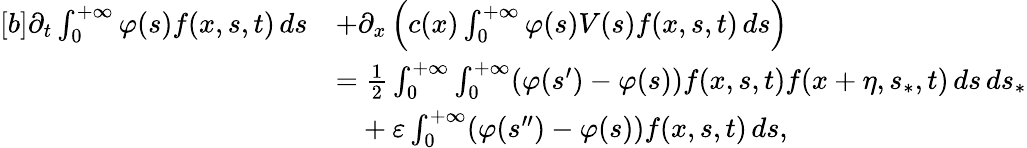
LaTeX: \begin{array}{r}{\begin{array}{rl}{[b]\partial_{t}\int_{0}^{+\infty}\varphi(s)f(x,s,t)\, ds}&{+\partial_{x}\left(c(x)\int_{0}^{+\infty}\varphi(s)V(s)f(x,s,t)\, ds\right)}\\ &{=\frac{1}{2}\int_{0}^{+\infty}\int_{0}^{+\infty}(\varphi(s^{\prime})-\varphi(s))f(x,s,t)f(x+\eta,s_{\ast},t)\, ds\, ds_{\ast}}\\ &{\phantom{=}+\varepsilon\int_{0}^{+\infty}(\varphi(s^{\prime\prime})-\varphi(s))f(x,s,t)\, ds,}\end{array}}\end{array}